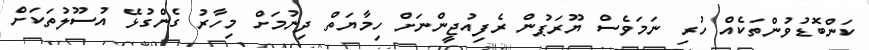
ކަންބޮޑުވުންތަކެއް ހުރި ނަމަވެސް ޔޫރަޕުން ރެފިއުޖީންނަށް ހިމާޔަތް ދިނުމަށް މިހާރު ގެންގުޅޭ އުސޫލުތަކަށް